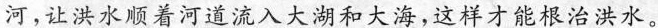
河，让洪水顺着河道流入大湖和大海，这样才能根治洪水。